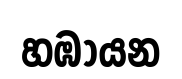
හඹායන